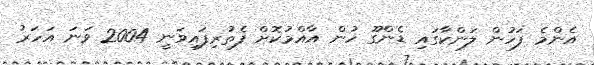
އެންމެ ފަހުން ލަންކާގައި ޑެންގޫ ހުން އާއްމުކޮށް ފެތުރިފައިވަނީ 2004 ވަނަ އަހަރު